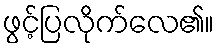
ဖွင့်ပြလိုက်လေ၏။